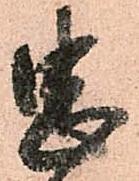
忠